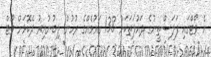
އެ ވޯޓްގައި ފަލަސްތީނުގެ ދައުލަތަކަށް 138 ގައުމެއްގެ ރުހުން ލިބުނުއިރު ދެކޮޅަށް ވޯޓް